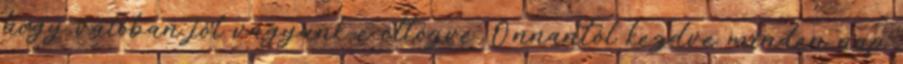
hogy valóban jól vagyunk-e öltözve. Onnantól kezdve minden nap